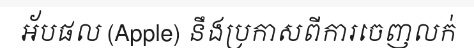
អ័បផល (Apple) នឹងប្រកាសពីការចេញលក់